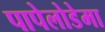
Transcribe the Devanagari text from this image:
पापेलोडेमा